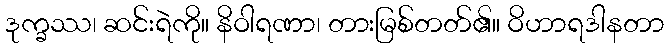
ဒုက္ခဿ၊ ဆင်းရဲကို။ နိဝါရဏာ၊ တားမြစ်တတ်၏။ ဝိဟာရဒါနတာ